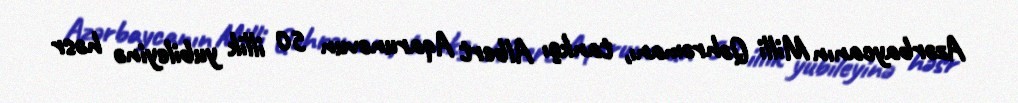
Azərbaycanın Milli Qəhrəmanı, tankçı Albert Aqarunovun 50 illik yubileyinə həsr